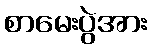
စာမေးပွဲအား